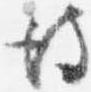
彼